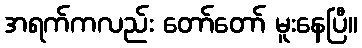
အရက်ကလည်း တော်တော် မူးနေပြီ။